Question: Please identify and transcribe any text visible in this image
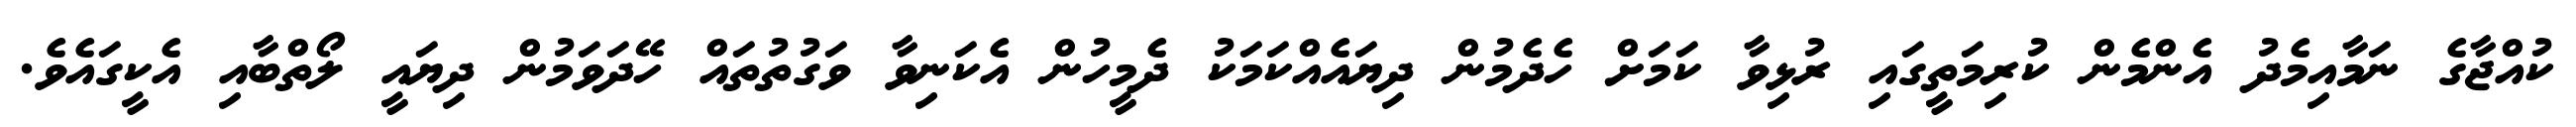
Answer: ކުއްޖާގެ ނަމާއިމެދު އެންމެން ކުރިމަތީގައި ރުޅިވާ ކަމަށް ހެދެމުން ދިޔައެއްކަމަކު ދެމީހުން އެކަނިވާ ވަގުތުތައް ހޭދަވަމުން ދިޔައީ ލޯތްބާއި އެކީގައެވެ.